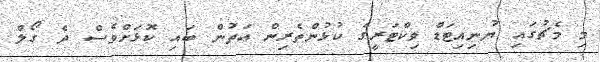
މި މެޗުގައި ޔުނިއިޓަޑް ވިކްޓަރީގެ ކުޅުންތެރިން އަތުން ބައި ކޮޅަށްވެސް ދެ ގޯލް